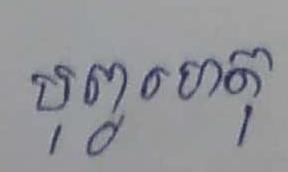
បុព្វហេតុ